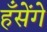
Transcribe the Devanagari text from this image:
हँसेंगे